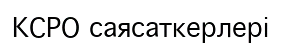
КСРО саясаткерлері